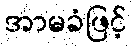
အာမခံဖြင့်